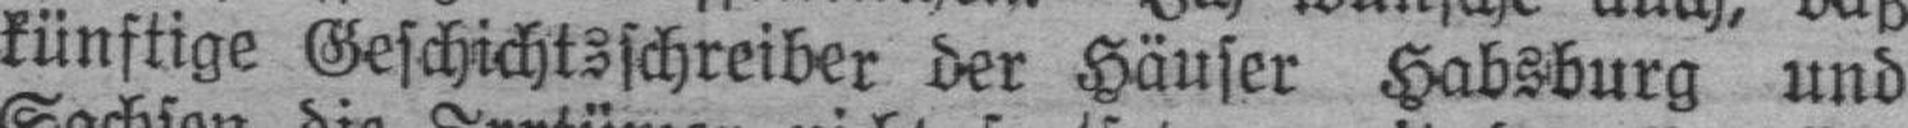
künftige Geschichtsschreiber der Häuser Habsburg und